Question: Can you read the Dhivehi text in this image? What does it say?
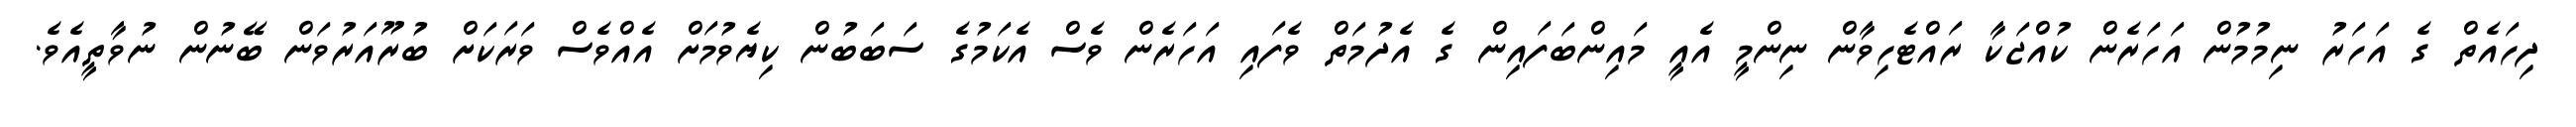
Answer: ދިހައެތް ގެ އަހަރު ނިމުމުން އަހަރެން ކުއްޖަކާ ރައްޓެހިވާން ނިންމީ އެއީ މައިންބަފައިން ގެ އެދުމަތް ވެފައި އަހަރެން ވެސް އެކަމުގެ ސަބަބުން ކިޔެވުމަށް އެއްވެސް ވަރަކަށް ބުރޫއަރުވަން ބޭނުން ނުވާތީއެވެ.